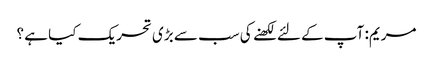
مریم: آپ کے لئے لکھنے کی سب سے بڑی تحریک کیا ہے ؟